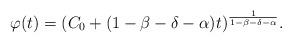
LaTeX: \begin{align*}\varphi(t)=(C_0+(1-\beta-\delta-\alpha)t)^{\frac{1}{1-\beta-\delta-\alpha}}.\end{align*}